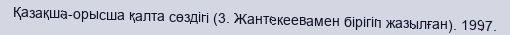
Қазақша-орысша қалта сөздігі (3. Жантекеевамен бірігіп жазылған). 1997.